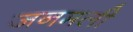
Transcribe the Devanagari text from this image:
जनमली